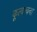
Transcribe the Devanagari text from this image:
कूत्वाचना